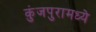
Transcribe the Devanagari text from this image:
कुंजपुरामध्ये